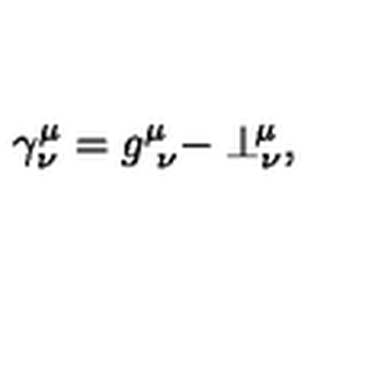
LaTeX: \gamma _ { \nu } ^ { \mu } = g _ { \ \nu } ^ { \mu } - \perp _ { \nu } ^ { \! \mu } ,